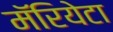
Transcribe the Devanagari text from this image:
मॅरियेटा